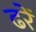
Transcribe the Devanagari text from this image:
ढरें